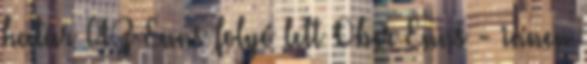
határ AZ Enns folyó lett Ober Enns - innen